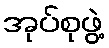
အုပ်စုဖွဲ့